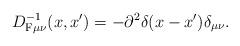
LaTeX: \begin{align*} D^{-1}_{{\rm F}\mu\nu}(x,x')=-\partial^2 \delta(x-x')\delta_{\mu\nu}.\end{align*}